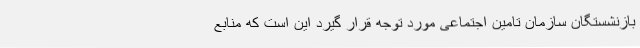
بازنشستگان سازمان تامین اجتماعی مورد توجه قرار گیرد این است که منابع